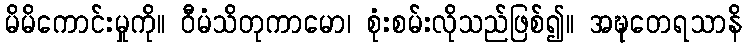
မိမိကောင်းမှုကို။ ဝီမံသိတုကာမော၊ စုံးစမ်းလိုသည်ဖြစ်၍။ အဍ္ဎုတေရသာနိ